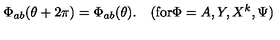
\Phi _ { a b } ( \theta + 2 \pi ) = \Phi _ { a b } ( \theta ) . \quad ( \mathrm { f o r } \Phi = A , Y , X ^ { k } , \Psi )